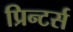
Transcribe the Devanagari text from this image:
प्रिन्टर्स